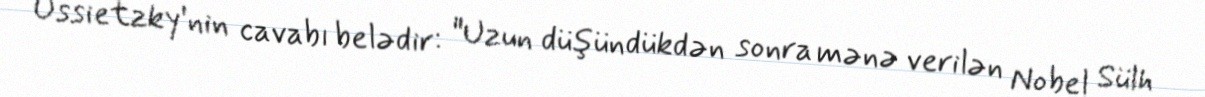
Ossietzky'nin cavabı belədir: "Uzun düşündükdən sonra mənə verilən Nobel Sülh